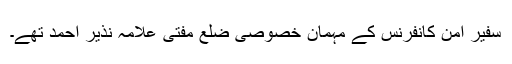
سفیر امن کانفرنس کے مہمان خصوصی ضلع مفتی علامہ نذیر احمد تھے۔